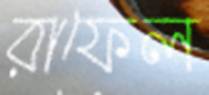
রাফেল